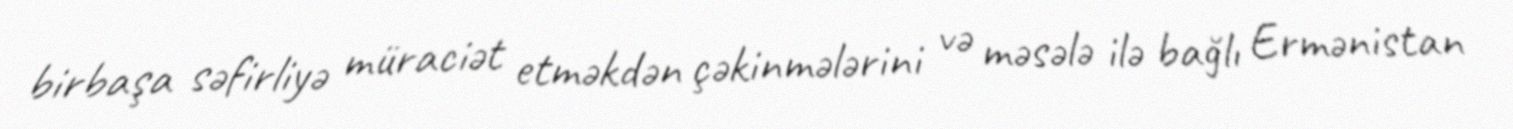
birbaşa səfirliyə müraciət etməkdən çəkinmələrini və məsələ ilə bağlı Ermənistan